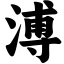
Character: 溥